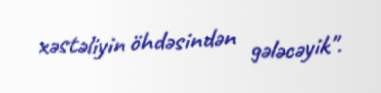
xəstəliyin öhdəsindən gələcəyik".